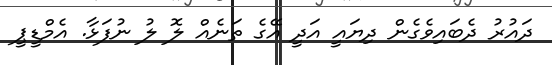
ދައުރު ދެބައިވެގެން ދިޔައީ އަދީ އޭގެ ތަނެއް ލޮ ލު ނުފަޅާ. އެމްޑީޕީ